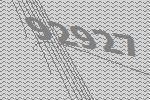
92927